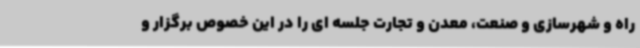
راه و شهرسازی و صنعت، معدن و تجارت جلسه ای را در این خصوص برگزار و